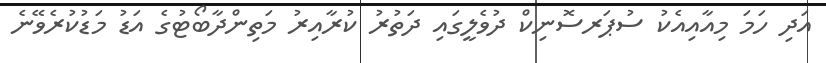
އަދި ހަމަ މިއާއިއެކު ސުޕަރސޮނިކް ދުވެލީގައި ދަތުރު ކުރާއިރު މަތިންދާބޯޓުގެ އަޑު މަޑުކުރެވޭނެ